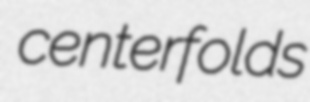
centerfolds